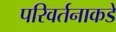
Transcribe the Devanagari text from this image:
परिवर्तनाकडे